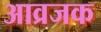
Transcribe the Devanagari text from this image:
आव्रजक